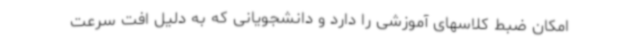
امکان ضبط کلاسهای آموزشی را دارد و دانشجویانی که به دلیل افت سرعت